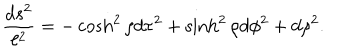
{ \frac { d s ^ { 2 } } { \ell ^ { 2 } } } = - \cosh ^ { 2 } \rho d \tau ^ { 2 } + \sinh ^ { 2 } \rho d \phi ^ { 2 } + d \rho ^ { 2 } .